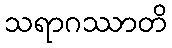
သရာဂဿာတိ